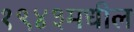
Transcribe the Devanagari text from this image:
१९४३मधील